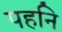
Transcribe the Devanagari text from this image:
पहनि